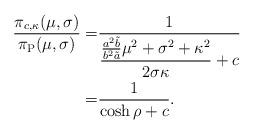
LaTeX: \begin{align*}\frac{\pi_{c,\kappa}(\mu,\sigma)}{\pi_\mathrm{P}(\mu,\sigma)}=& \frac{1}{\displaystyle \frac{\frac{a^2\tilde{b}}{b^2\tilde{a}} \mu^2 + \sigma^2 + \kappa^2}{2\sigma \kappa}+c} \\=& \frac{1}{\cosh \rho + c}.\end{align*}